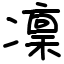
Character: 凜